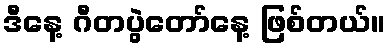
ဒီနေ့ ဂီတပွဲတော်နေ့ ဖြစ်တယ်။